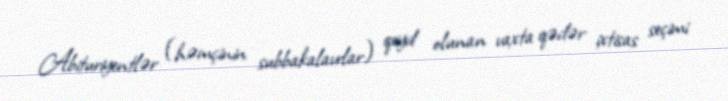
Abituriyentlər (həmçinin subbakalavrlar) qeyd olunan vaxta qədər ixtisas seçimi